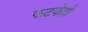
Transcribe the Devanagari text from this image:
फटकेही